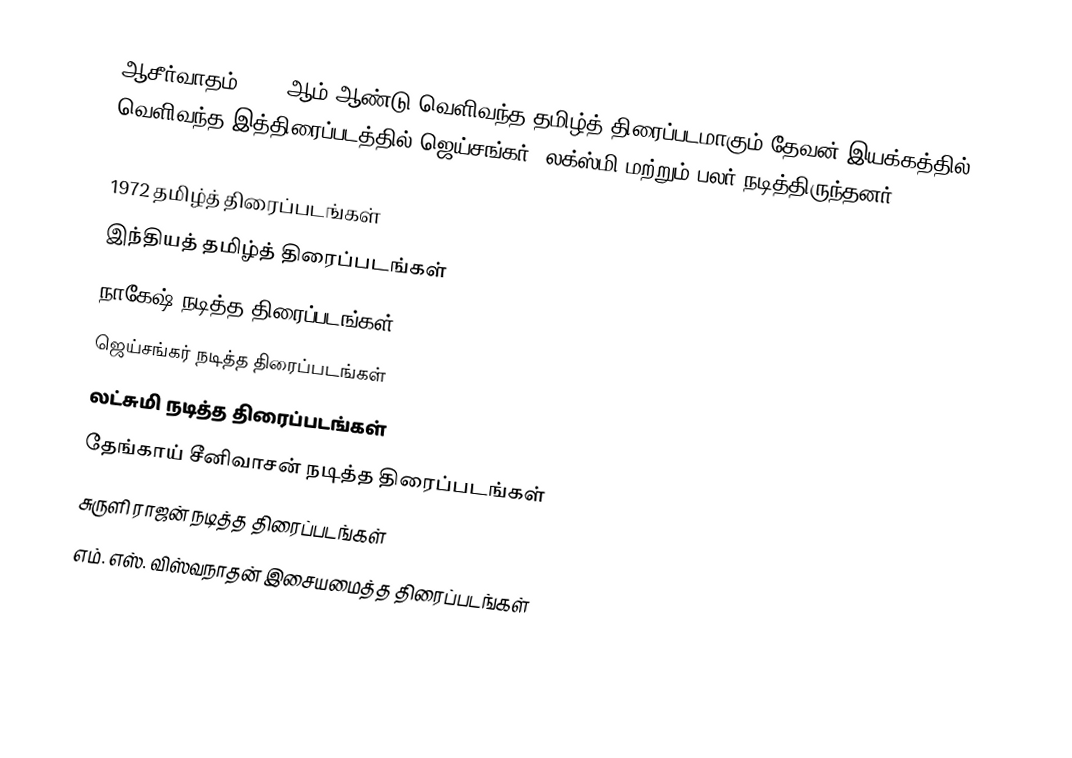
ஆசீர்வாதம் 1972 ஆம் ஆண்டு வெளிவந்த தமிழ்த் திரைப்படமாகும்.தேவன் இயக்கத்தில் வெளிவந்த இத்திரைப்படத்தில் ஜெய்சங்கர், லக்ஸ்மி மற்றும் பலர் நடித்திருந்தனர்.

1972 தமிழ்த் திரைப்படங்கள்
இந்தியத் தமிழ்த் திரைப்படங்கள்
நாகேஷ் நடித்த திரைப்படங்கள்
ஜெய்சங்கர் நடித்த திரைப்படங்கள்
லட்சுமி நடித்த திரைப்படங்கள்
தேங்காய் சீனிவாசன் நடித்த திரைப்படங்கள்
சுருளி ராஜன் நடித்த திரைப்படங்கள்
எம். எஸ். விஸ்வநாதன் இசையமைத்த திரைப்படங்கள்